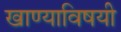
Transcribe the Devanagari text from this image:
खाण्याविषयी